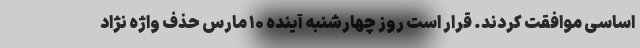
اساسی موافقت کردند. قرار است روز چهارشنبه آینده ۱۰ مارس حذف واژه نژاد